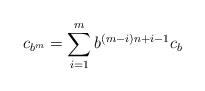
LaTeX: \begin{align*} c_{b^m} = \sum_{i=1}^m b^{(m-i)n+i-1}c_b\end{align*}